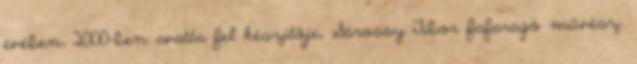
évében, 2000-ben avatta fel készítője, Sárossy Tibor fafaragó művész.